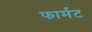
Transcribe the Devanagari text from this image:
फार्मट